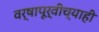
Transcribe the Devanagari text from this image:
वर्षापूर्वीच्याही